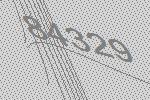
84329